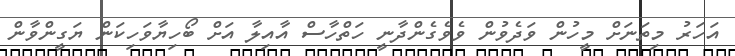
އަހަރު މިތަނަށް މީހުން ވަދެވުން ވެވެގެންދާނީ ހަތްހާސް އާއިލާ އަށް ބޯހިޔާވަހިކަން ޔަގީންވާން